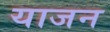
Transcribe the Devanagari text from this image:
याजन